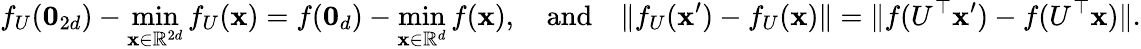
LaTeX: f_{U}(\mathbf{0}_{2d})-\operatorname*{min}_{\mathbf x\in\mathbb{R}^{2d}}f_{U}(\mathbf x)=f(\mathbf{0}_{d})-\operatorname*{min}_{\mathbf x\in\mathbb{R}^{d}}f(\mathbf x),\quad\textnormal{and}\quad\| f_{U}(\mathbf x^{\prime})-f_{U}(\mathbf x)\| =\| f(U^{\top}\mathbf x^{\prime})-f(U^{\top}\mathbf x)\| .